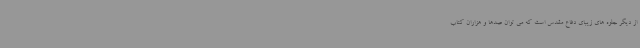
از دیگر جلوه های زیبای دفاع مقدس است که می توان صدها و هزاران کتاب